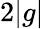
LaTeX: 2|g|